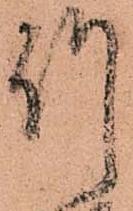
竹